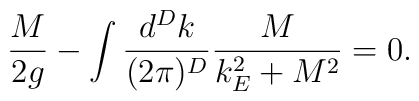
\frac{M}{2g}-\int \frac{d^Dk}{(2\pi)^D}\frac{M}{k^{2}_{E}+M^2}=0.